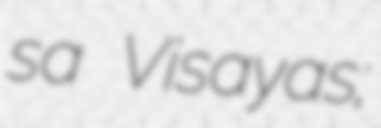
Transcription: sa Visayas;